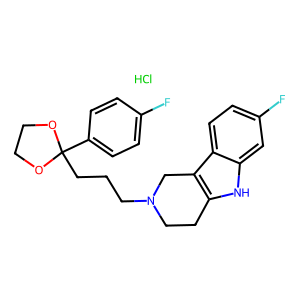
SMILES: Cl.Fc1ccc(C2(CCCN3CCc4[nH]c5cc(F)ccc5c4C3)OCCO2)cc1
Inhibits HIV replication: No